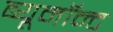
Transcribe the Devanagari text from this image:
ब्यूमॉन्ट